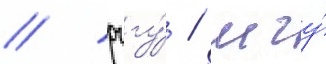
/ рггу́ / мгу́